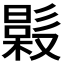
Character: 𣚤